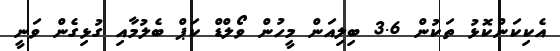
އެކިކަންކޮޅު ތަކުން 3.6 ބިލިއަން މީހުން ވޯލްޑް ކަޕް ބެލުމާއި ގުޅިގެން ވަނީ